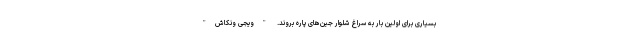
بسیاری برای اولین بار به سراغ شلوار جین‌های پاره بروند. "ویجی ونکاش"